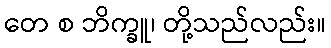
တေ စ ဘိက္ခူ၊ တို့သည်လည်း။